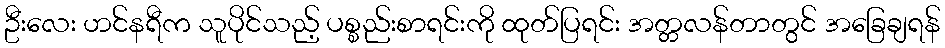
ဦးလေး ဟင်နရီက သူပိုင်သည့် ပစ္စည်းစာရင်းကို ထုတ်ပြရင်း အတ္တလန်တာတွင် အခြေချရန်